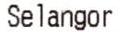
SELANGOR